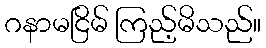
ဂနာမငြိမ် ကြည့်မိသည်။